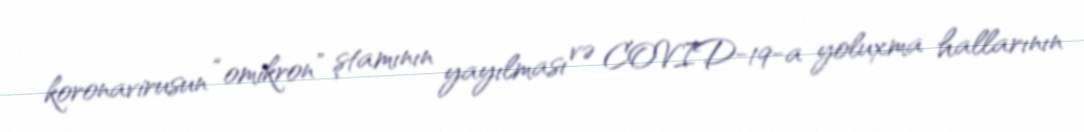
koronavirusun “omikron” ştamının yayılması və COVID-19-a yoluxma hallarının